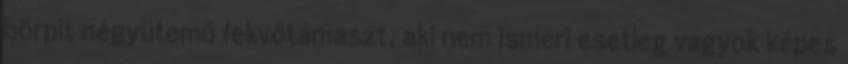
börpit négyütemű fekvőtámaszt, aki nem ismeri esetleg vagyok képes